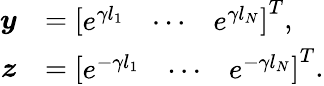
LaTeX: \begin{array}{rl}{\boldsymbol{y}}&{=\left[\begin{array}{lll}{e^{\gamma l_{1}}}&{\cdots}&{e^{\gamma l_{N}}}\end{array}\right]^{T},}\\ {\boldsymbol{z}}&{=\left[\begin{array}{lll}{e^{-\gamma l_{1}}}&{\cdots}&{e^{-\gamma l_{N}}}\end{array}\right]^{T}.}\end{array}